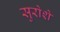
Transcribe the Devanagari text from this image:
सुरोशे